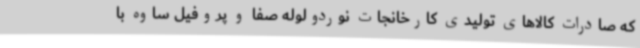
که صادرات کالاهای تولیدی کارخانجات نوردولوله صفا و پروفیل ساوه با